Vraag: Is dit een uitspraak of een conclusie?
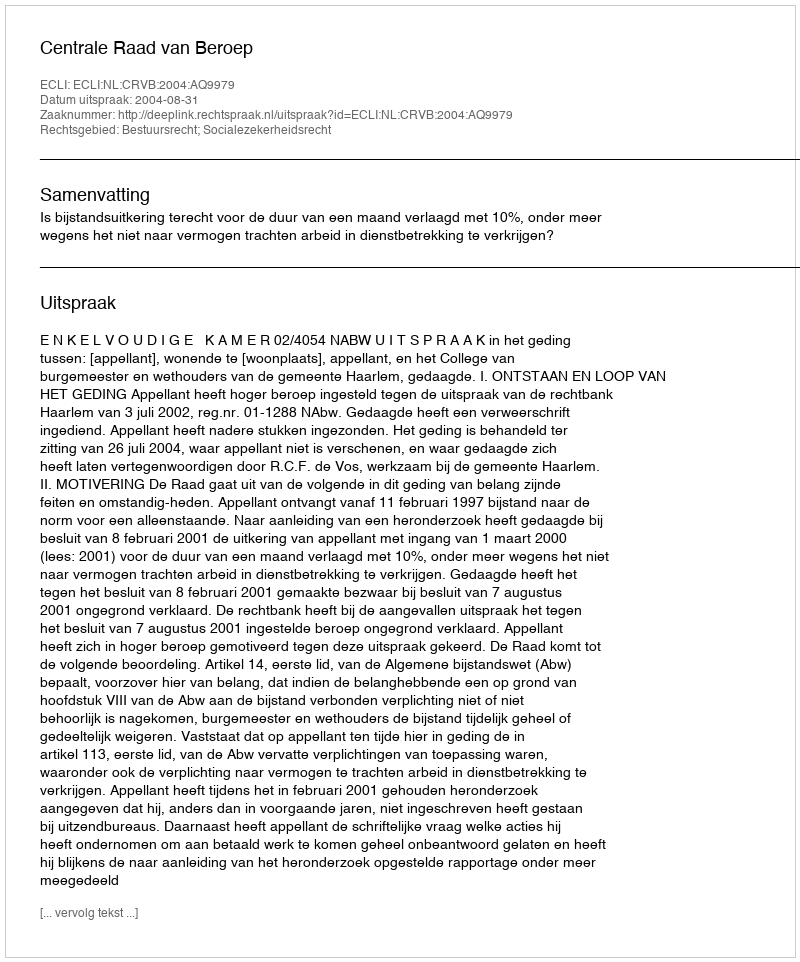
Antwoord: Uitspraak